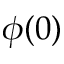
\phi ( 0 )